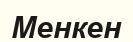
Менкен